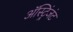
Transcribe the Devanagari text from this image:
ॲस्ट्रिंजंट